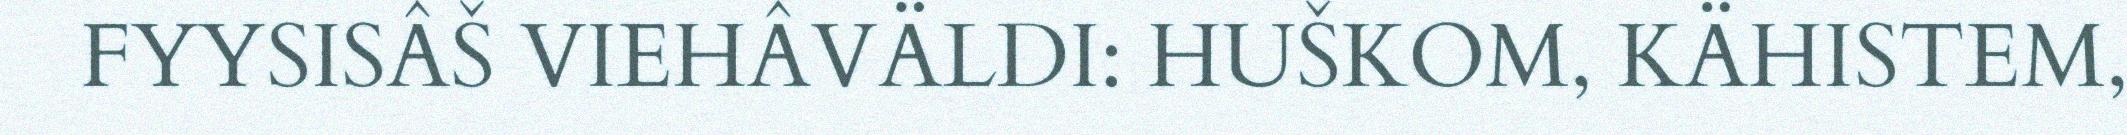
FYYSISÂŠ VIEHÂVÄLDI: HUŠKOM, KÄHISTEM,